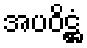
အပဝိဋ္ဌံ